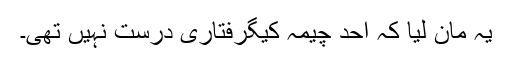
یہ مان لیا کہ احد چیمہ کیگرفتاری درست نہیں تھی۔